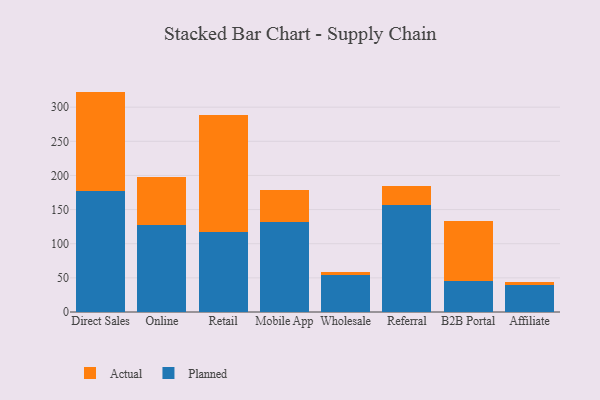
{"axis": {"x": "Channel", "y": "Humidity (%)"}, "legend": ["Actual", "Planned"], "data": [{"x": "Direct Sales", "y": 177.2, "type": "Planned"}, {"x": "Direct Sales", "y": 145.6, "type": "Actual"}, {"x": "Online", "y": 127.5, "type": "Planned"}, {"x": "Online", "y": 69.6, "type": "Actual"}, {"x": "Retail", "y": 117.9, "type": "Planned"}, {"x": "Retail", "y": 170.5, "type": "Actual"}, {"x": "Mobile App", "y": 131.3, "type": "Planned"}, {"x": "Mobile App", "y": 48.1, "type": "Actual"}, {"x": "Wholesale", "y": 53.6, "type": "Planned"}, {"x": "Wholesale", "y": 5.2, "type": "Actual"}, {"x": "Referral", "y": 157.0, "type": "Planned"}, {"x": "Referral", "y": 28.2, "type": "Actual"}, {"x": "B2B Portal", "y": 45.8, "type": "Planned"}, {"x": "B2B Portal", "y": 87.8, "type": "Actual"}, {"x": "Affiliate", "y": 39.0, "type": "Planned"}, {"x": "Affiliate", "y": 5.3, "type": "Actual"}]}